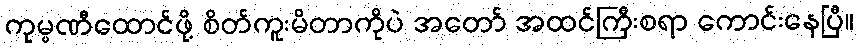
ကုမ္ပဏီထောင်ဖို့ စိတ်ကူးမိတာကိုပဲ အတော် အထင်ကြီးစရာ ကောင်းနေပြီ။